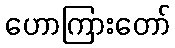
ဟောကြားတော်